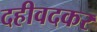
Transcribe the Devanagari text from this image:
दहीवदकर